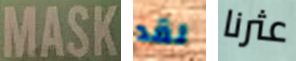
MASK لقد عثرنا